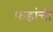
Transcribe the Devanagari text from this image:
फडांची